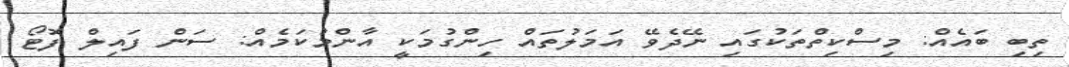
ތިބި ބައެއް: މިސްކިތްތަކުގައި ނޭދެވޭ އަމަލުތައް ހިންގުމަކީ އާންމުކަމެއް: ސަން ފައިލް ފޮޓޯ